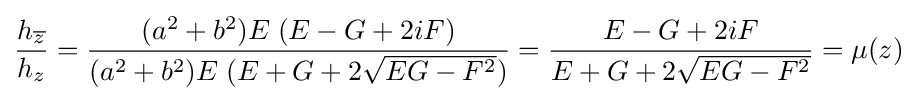
\displaystyle {h_{\overline {z}} \over h_{z}}={\frac {(a^{2}+b^{2})E\;(E-G+2iF)}{(a^{2}+b^{2})E\;(E+G+2{\sqrt {EG-F^{2}}})}}={\frac {E-G+2iF}{E+G+2{\sqrt {EG-F^{2}}}}}=\mu (z)